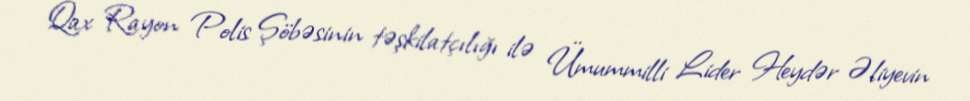
Qax Rayon Polis Şöbəsinin təşkilatçılığı ilə Ümummilli Lider Heydər Əliyevin